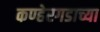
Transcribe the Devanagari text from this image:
कण्हेरगडाच्या